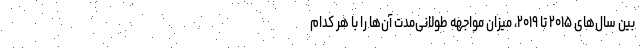
بین سال‌های ۲۰۱۵ تا ۲۰۱۹، میزان مواجهه طولانی‌مدت آن‌ها را با هر کدام